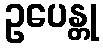
ဥပေန္တု